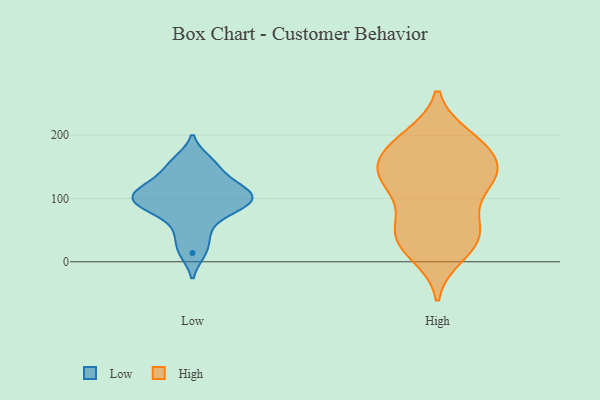
{"axis": {"x": "Temperature (°C)", "y": "Value"}, "legend": ["High", "Low"], "data": [{"x": "", "y": 108, "type": "Low"}, {"x": "", "y": 121, "type": "Low"}, {"x": "", "y": 93, "type": "Low"}, {"x": "", "y": 41, "type": "Low"}, {"x": "", "y": 102, "type": "Low"}, {"x": "", "y": 149, "type": "Low"}, {"x": "", "y": 96, "type": "Low"}, {"x": "", "y": 122, "type": "Low"}, {"x": "", "y": 14, "type": "Low"}, {"x": "", "y": 160, "type": "Low"}, {"x": "", "y": 71, "type": "Low"}, {"x": "", "y": 88, "type": "Low"}, {"x": "", "y": 58, "type": "High"}, {"x": "", "y": 157, "type": "High"}, {"x": "", "y": 48, "type": "High"}, {"x": "", "y": 33, "type": "High"}, {"x": "", "y": 22, "type": "High"}, {"x": "", "y": 11, "type": "High"}, {"x": "", "y": 197, "type": "High"}, {"x": "", "y": 37, "type": "High"}, {"x": "", "y": 171, "type": "High"}, {"x": "", "y": 134, "type": "High"}, {"x": "", "y": 95, "type": "High"}, {"x": "", "y": 126, "type": "High"}, {"x": "", "y": 138, "type": "High"}, {"x": "", "y": 127, "type": "High"}, {"x": "", "y": 135, "type": "High"}, {"x": "", "y": 60, "type": "High"}, {"x": "", "y": 142, "type": "High"}, {"x": "", "y": 179, "type": "High"}, {"x": "", "y": 187, "type": "High"}, {"x": "", "y": 195, "type": "High"}]}